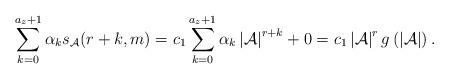
LaTeX: \begin{align*} \sum_{k=0}^{a_z+1}\alpha_ks_{\mathcal{A}}(r+k,m)=c_1\sum_{k=0}^{a_z+1}\alpha_k\left|\mathcal{A}\right|^{r+k} +0=c_1\left|\mathcal{A}\right|^rg\left(\left|\mathcal{A}\right|\right).\end{align*}